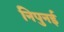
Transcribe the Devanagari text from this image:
निपुनई